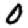
Digit: 0